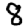
Digit: 8